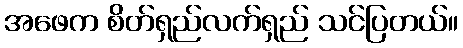
အဖေက စိတ်ရှည်လက်ရှည် သင်ပြတယ်။